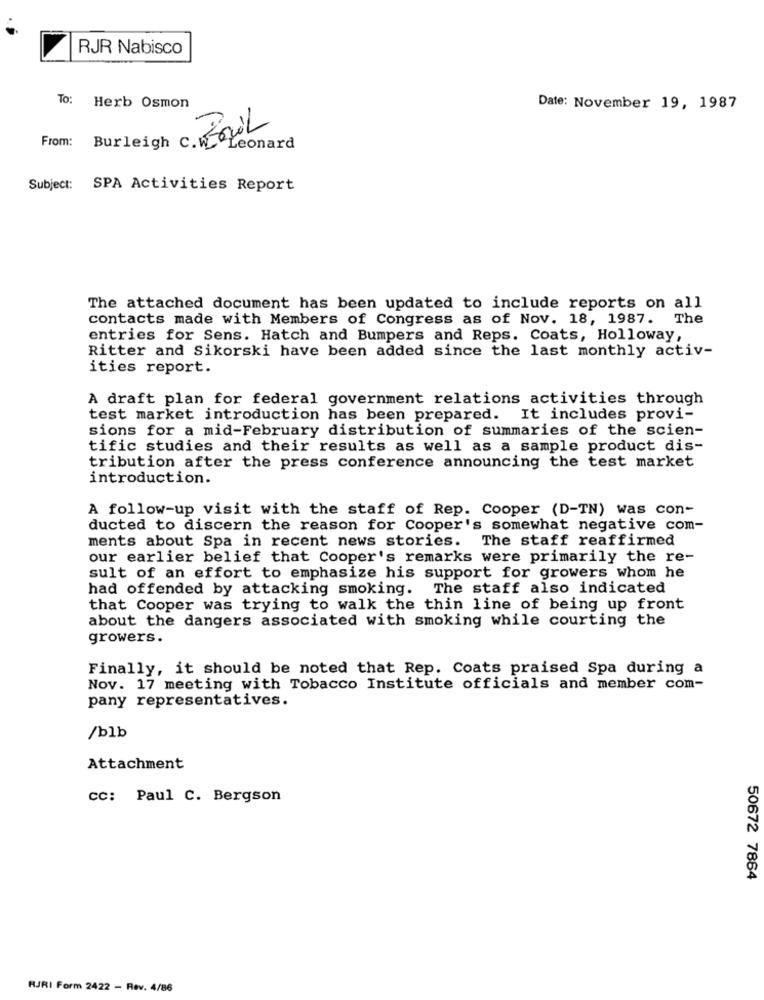
RJR Nabisco
To: Herb Osmon
Date: November 19, 1987
From: Burleigh C. GL
Leonard
Subject: SPA Activities Report
The attached document has been updated to include reports on all
contacts made with Members of Congress as of Nov. 18, 1987.
The
entries for Sens. Hatch and Bumpers and Reps. Coats, Holloway,
Ritter and Sikorski have been added since the last monthly activ-
ities report.
A draft plan for federal government relations activities through
test market introduction has been prepared. It includes provi-
sions for a mid-February distribution of summaries of the scien-
tific studies and their results as well as a sample product dis-
tribution after the press conference announcing the test market
introduction.
A follow-up visit with the staff of Rep. Cooper (D-TN) was con-
ducted to discern the reason for Cooper's somewhat negative com-
ments about Spa in recent news stories. The staff reaffirmed
our earlier belief that Cooper's remarks were primarily the re-
sult of an effort to emphasize his support for growers whom he
had offended by attacking smoking. The staff also indicated
that Cooper was trying to walk the thin line of being up front
about the dangers associated with smoking while courting the
growers.
Finally, it should be noted that Rep. Coats praised Spa during a
Nov. 17 meeting with Tobacco Institute officials and member com-
pany representatives.
/blb
Attachment
CC: Paul C. Bergson
50672 7864
RJRI Form 2422 - Rev. 4/86